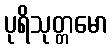
ပုရိသုတ္တမော